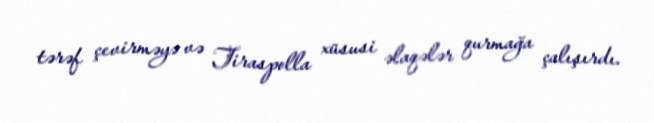
tərəf çevirməyə və Tiraspolla xüsusi əlaqələr qurmağa çalışırdı.